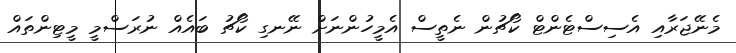
މެނޭޖަރާއި އެސިސްޓެންޓް ކޯޗުން ނެތީސް އެމީހުންނަށް ނޭނގި ކޯޗު ބައެއް ނުރަސްމީ މީޓިންތައް